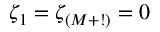
\zeta _ { 1 } = \zeta _ { ( M + ! ) } = 0